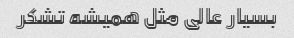
بسیار عالی مثل همیشه تشکر